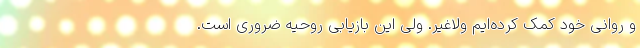
و روانی خود کمک کرده‌ایم ولاغیر. ولی این بازیابی روحیه ضروری است.